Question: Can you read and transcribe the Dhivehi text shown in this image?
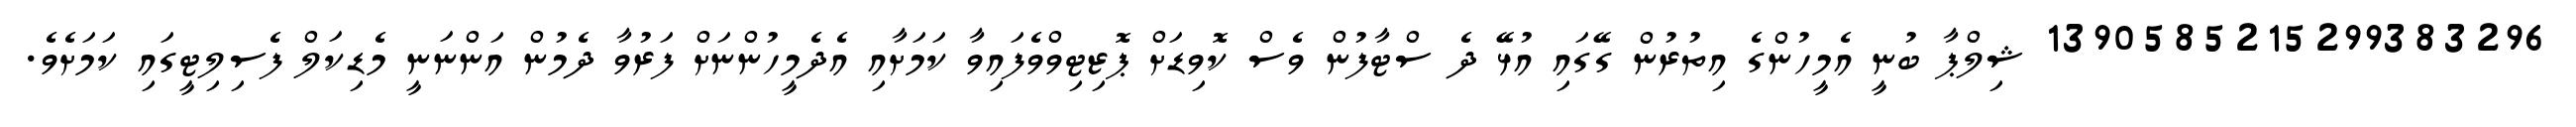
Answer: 1390585215299383296 ޝިލްޕާ ބުނީ އެމީހުންގެ އިތުރުން ގޭގައި އުޅޭ ދެ ސްޓާފުން ވެސް ކޮވިޑަށް ޕޮޒިޓިވްވެފައިވާ ކަމަށާއި އެދެމީހުންނަށް ފަރުވާ ދެމުން އަންނަނީ މެޑިކަލް ފެސިލިޓީގައި ކަމަށެވެ.